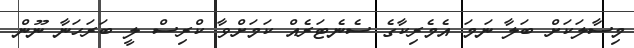
މިސާލަކަށް ބަލާ ނަމަ އެމެރިކާގެ ސެނެޓަރެއް ކަމަށްވާ ކްރިސް ލީ ބަރަހަނާ ނޫން